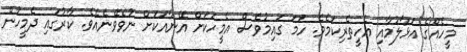
މީހެއްގެ އަޅާލުމާއި އެހީތެރިކަމެވެ. ހަމަ ގައިމުވެސް އެމީހަކަށް އޭނާއަކަށް ނުވެވޭނެއެވެ. ކާރުގައި ދެމީހުން